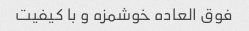
فوق العاده خوشمزه و با کیفیت